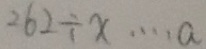
2 6 2 \div x \cdots a